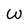
Character: W